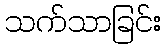
သက်သာခြင်း